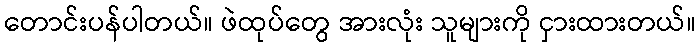
တောင်းပန်ပါတယ်။ ဖဲထုပ်တွေ အားလုံး သူများကို ငှားထားတယ်။